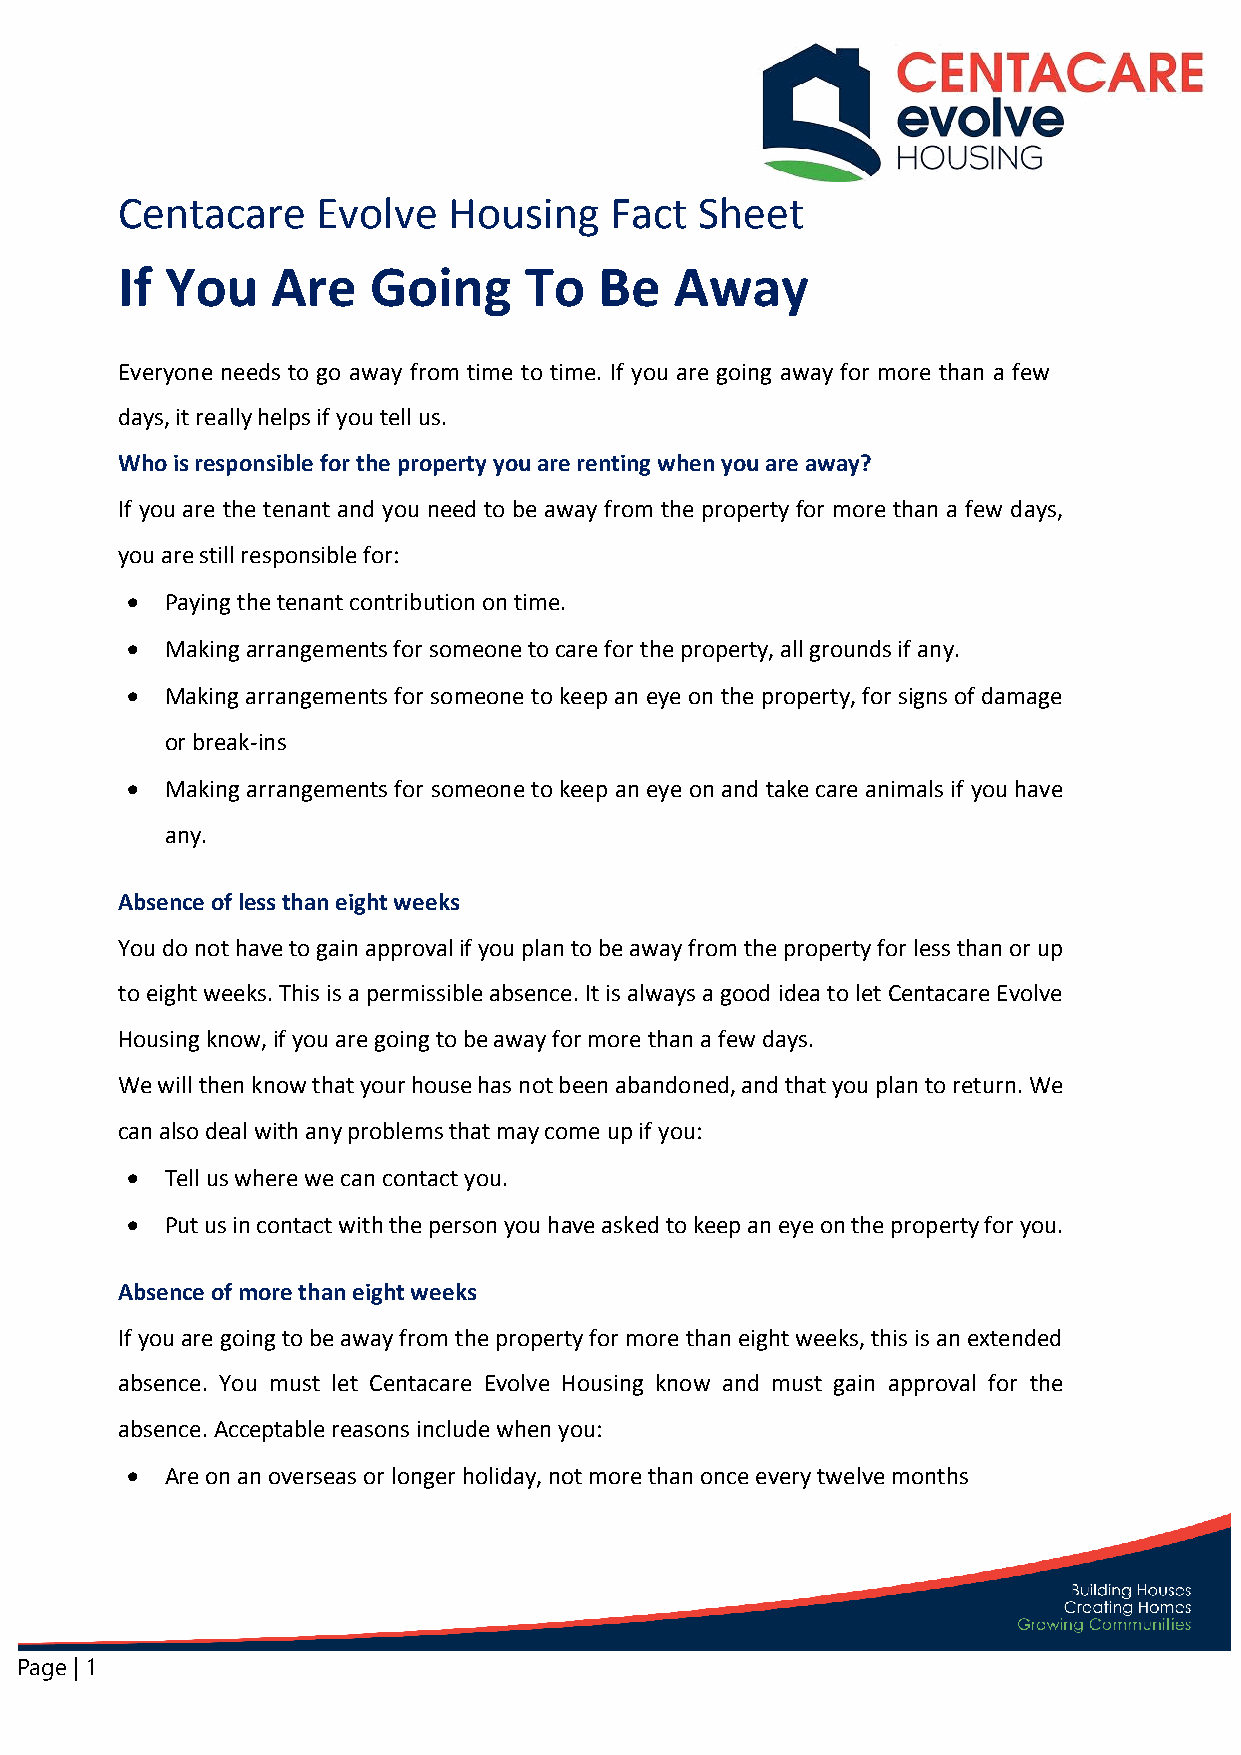
Centacare    Evolve   Housing   Fact  Sheet
 If You    Are   Going      To   Be   Away
 Everyone needs to go away from time to time. If you are going away for more than a few
 days, it really helps if you tell us.
 Who is responsible for the property you are renting when you are away?
 If you are the tenant and you need to be away from the property for more than a few days,
 you are still responsible for:
   Paying the tenant contribution on time.
   Making arrangements for someone to care for the property, all grounds if any.
   Making arrangements for someone to keep an eye on the property, for signs of damage
 or break-ins
   Making arrangements for someone to keep an eye on and take care animals if you have
 any.
 Absence of less than eight weeks
 You do not have to gain approval if you plan to be away from the property for less than or up
 to eight weeks. This is a permissible absence. It is always a good idea to let Centacare Evolve
 Housing know, if you are going to be away for more than a few days.
 We will then know that your house has not been abandoned, and that you plan to return. We
 can also deal with any problems that may come up if you:
   Tell us where we can contact you.
   Put us in contact with the person you have asked to keep an eye on the property for you.
 Absence of more than eight weeks
 If you are going to be away from the property for more than eight weeks, this is an extended
 absence. You must let Centacare Evolve Housing know and must gain approval for the
 absence. Acceptable reasons include when you:
   Are on an overseas or longer holiday, not more than once every twelve months
 Page | 1